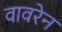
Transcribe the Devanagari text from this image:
वावरेन